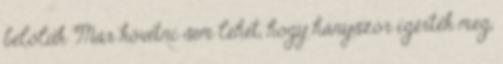
belőlük Már követni sem lehet, hogy hányszor ígérték meg,